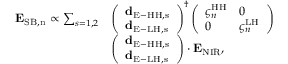
\begin{array} { r l } { { \bf E } _ { \mathrm { S B , n } } \propto \sum _ { s = 1 , 2 } } & { \left( \begin{array} { l } { { \bf d } _ { \mathrm { E - H H , s } } } \\ { { \bf d } _ { \mathrm { E - L H , s } } } \end{array} \right) ^ { \dag } \left( \begin{array} { l l } { \varsigma _ { n } ^ { \mathrm { H H } } } & { 0 } \\ { 0 } & { \varsigma _ { n } ^ { \mathrm { L H } } } \end{array} \right) } \\ & { \left( \begin{array} { l } { { \bf d } _ { \mathrm { E - H H , s } } } \\ { { \bf d } _ { \mathrm { E - L H , s } } } \end{array} \right) \cdot { \bf E } _ { \mathrm { N I R } } , } \end{array}